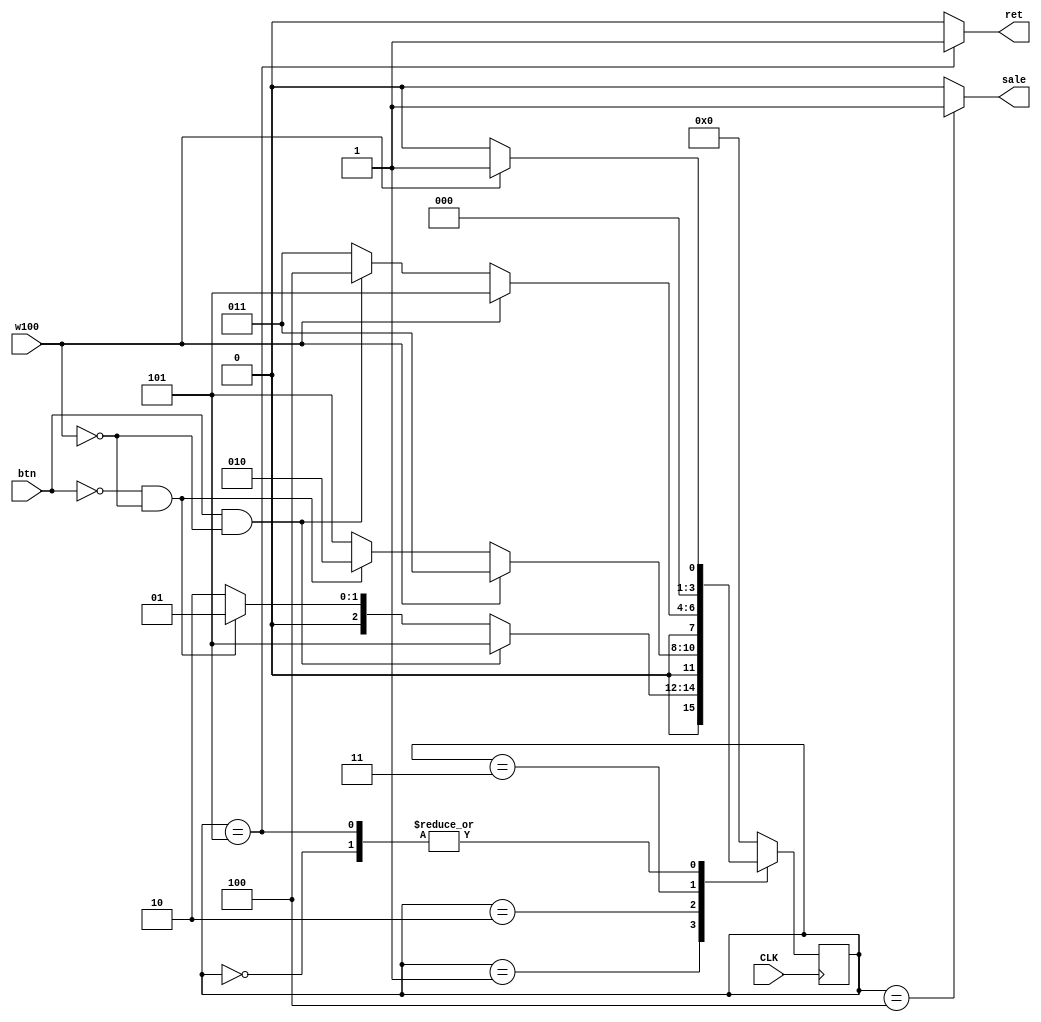
`timescale 1ns / 1ps


module coffee(                              //    
        input CLK, w100, btn,               // , 100 , button
        output reg ret, sale                // , 
    );
    parameter [2:0]     S0=3'b000,          // state paraemter  always      
                          S1=3'b001,
                          S2=3'b010,
                          S3=3'b011,
                          S4=3'b100,
                          S5=3'b101;
                          
                          
     reg [3:0] PS, NS;                      //present state, next counter  
     
     initial
     begin
        PS = S0;                             //  
        NS = 0;                              
        ret=0;                               
        sale=0;                              
     end
     
     
    always @(posedge CLK)                                    // CLK 
    begin
           PS <= NS;                                        // next state present state .
           
    end
        always @(*)                     
    begin
            ret=0;                                           // ret=0
            sale=0;                                          // sale=0
            case(PS)                                        
                S0 :begin                                    // PS=S0
                        if(w100==1)                          // w100=1 
                                            NS <= S1;         // next state = S1
                        else                                 
                                            NS <= S0;         // next state = S0
                    end                                      
                                                             
                S1 :begin                                    
                        if((btn==1)&&(w100==0))              // btn=1, w100=0 
                                            NS <= S5;         // next state = S5
                                                             
                        else if((btn==0)&&(w100==0))         // btn=0, w100=0 
                                            NS <= S1;         // next state = S1
                        else                                 
                                            NS <= S2;         // next state = S2
                    end                                      
                S2 :begin                                    
                        if(w100==1)                          // w100=1 
                                            NS <= S3;         //next state = S3
                        else if((btn==0)&&(w100==0))         // btn=0, w100=0 
                                            NS <= S2;         // next state = S2
                        else                                 
                                            NS <= S5;         //next state = S5
                    end                                     
                                                            
                S3 :begin                                   
                        if(w100==1)                          // w100=1 
                                            NS <= S5;         //next state = S5
                        else if((btn==1)&&(w100==0))         // btn=1, w100=0 
                                            NS <= S4;         //next state = S4
                        else                                
                                            NS <= S3;         //next state = S3
                    end                                     
                                                            
                S4 :begin                                   
                        sale=1;                              // sale=1
                                            NS <= S0;         // next state = S0
                    end                                     
                                                            
                S5 :begin                                   
                     ret=1;                                  // ret =1
                        if(w100==1)                             // w100 1  
                                            NS <= S1;         // next state = S1
                        else                                
                                            NS <= S0;         // next state = S0
                        end                                  
            default:                        NS <= S0;         // next state = S0
            endcase
    end                 
            
endmodule